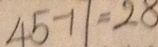
4 5 - 1 1 = 2 8